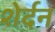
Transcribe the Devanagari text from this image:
शेर्दन